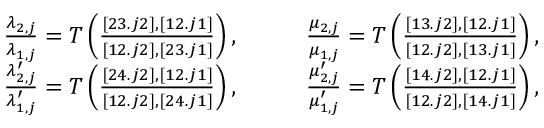
\begin{array} { r l } { \frac { \lambda _ { 2 , j } } { \lambda _ { 1 , j } } = T \left( \frac { [ 2 3 . j 2 ] , [ 1 2 . j 1 ] } { [ 1 2 . j 2 ] , [ 2 3 . j 1 ] } \right) , \qquad } & { \frac { \mu _ { 2 , j } } { \mu _ { 1 , j } } = T \left( \frac { [ 1 3 . j 2 ] , [ 1 2 . j 1 ] } { [ 1 2 . j 2 ] , [ 1 3 . j 1 ] } \right) , } \\ { \frac { \lambda _ { 2 , j } ^ { \prime } } { \lambda _ { 1 , j } ^ { \prime } } = T \left( \frac { [ 2 4 . j 2 ] , [ 1 2 . j 1 ] } { [ 1 2 . j 2 ] , [ 2 4 . j 1 ] } \right) , \qquad } & { \frac { \mu _ { 2 , j } ^ { \prime } } { \mu _ { 1 , j } ^ { \prime } } = T \left( \frac { [ 1 4 . j 2 ] , [ 1 2 . j 1 ] } { [ 1 2 . j 2 ] , [ 1 4 . j 1 ] } \right) , } \end{array}